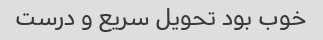
خوب بود تحویل سریع و درست